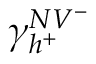
\gamma _ { h ^ { + } } ^ { N V ^ { - } }